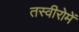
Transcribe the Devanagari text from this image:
तस्वीरोमें